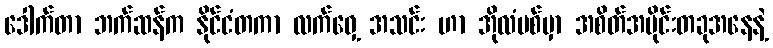
ဒေါက်တာ ဘက်ဆန်က နိုင်ငံတကာ လက်ဝှေ့ အသင်း ဟာ အိုလံပစ်မှာ အစိတ်အပိုင်းတခုအနေနဲ့